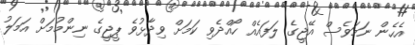
އެހެން ނަމަވެސް އޭޖީގެ ލަފައެއް ހޯއްދެވި ކަމަށް ވިދާޅުވެ ޕީޖީގެ ނިންމުމަށް އަމަލު